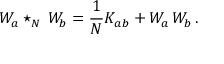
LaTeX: { \cal W } _ { a } \star _ { N } \, { \cal W } _ { b } = \frac { 1 } { N } K _ { a b } + { \cal W } _ { a } \, { \cal W } _ { b } \, .